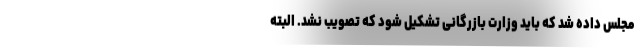
مجلس داده شد که باید وزارت بازرگانی تشکیل شود که تصویب نشد. البته